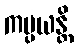
ကပ္ပယန္တိ